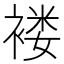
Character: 褛